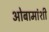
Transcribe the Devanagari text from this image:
ओबामांशी